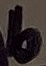
Text: b